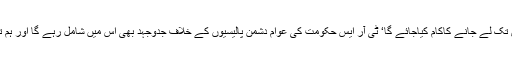
ڈاکٹر لکشمن نے کہاکہ روڈ میاب میں مودی حکومت کے پالیسیوں کو ووٹرس تک لے جانے کاکام کیاجائے گا‘ ٹی آر ایس حکومت کی عوام دشمن پالیسیوں کے خلاف جدوجہد بھی اس میں شامل رہے گا اور ہم تلنگانہ سماج کے تمام لوگوں تک اپنی رسائی کو یقینی بنانے کاکام کریں گے‘‘۔